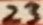
Text: 23